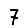
Digit: 7